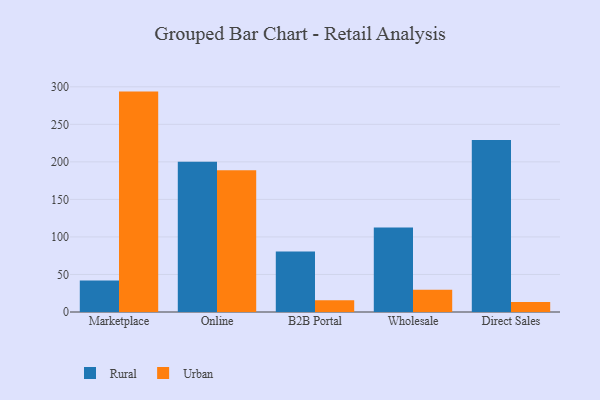
{"axis": {"x": "Channel", "y": "Demand Index"}, "legend": ["Rural", "Urban"], "data": [{"x": "Marketplace", "y": 42.0, "type": "Rural"}, {"x": "Marketplace", "y": 293.6, "type": "Urban"}, {"x": "Online", "y": 200.1, "type": "Rural"}, {"x": "Online", "y": 188.9, "type": "Urban"}, {"x": "B2B Portal", "y": 80.6, "type": "Rural"}, {"x": "B2B Portal", "y": 15.7, "type": "Urban"}, {"x": "Wholesale", "y": 112.4, "type": "Rural"}, {"x": "Wholesale", "y": 29.8, "type": "Urban"}, {"x": "Direct Sales", "y": 229.1, "type": "Rural"}, {"x": "Direct Sales", "y": 13.4, "type": "Urban"}]}